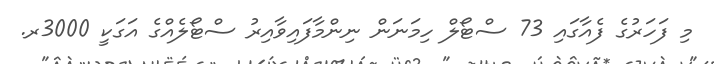
މި ފަހަރުގެ ފެއާގައި 73 ސްޓޯލް ހިމަނަން ނިންމާފައިވާއިރު ސްޓޯލެއްގެ އަގަކީ 3000ރ.